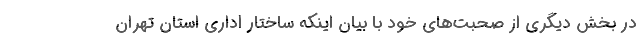
در بخش دیگری از صحبت‌های خود با بیان اینکه ساختار اداری استان تهران